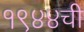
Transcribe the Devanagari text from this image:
१९४४ची